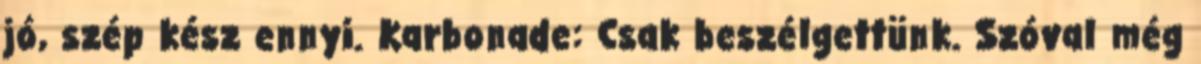
jó, szép kész ennyi. Karbonade: Csak beszélgettünk. Szóval még